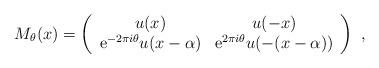
LaTeX: \begin{align*}M_\theta(x) = \left(\begin{array}{c c} u(x) & u(-x) \\ \mathrm{e}^{-2 \pi i \theta} u(x - \alpha) & \mathrm{e}^{2 \pi i \theta} u(-(x-\alpha)) \end{array}\right) ~\mbox{,}\end{align*}